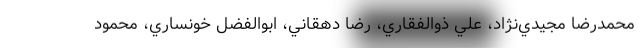
محمدرضا مجيدي‌نژاد، علي ذوالفقاري، رضا دهقاني، ابوالفضل خونساري، محمود